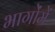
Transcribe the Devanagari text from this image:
भागोंमें